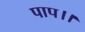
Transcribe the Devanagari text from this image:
पाप।।